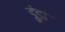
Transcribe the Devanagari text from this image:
डुंडा